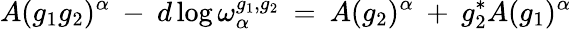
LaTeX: A(g_{1}g_{2})^{\alpha}\: -\: d\log\omega_{\alpha}^{g_{1},g_{2}}\: =\: A(g_{2})^{\alpha}\: +\: g_{2}^{*}A(g_{1})^{\alpha}